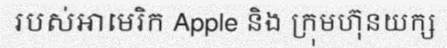
របស់អាមេរិក Apple និង ក្រុមហ៊ុនយក្ស